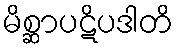
မိစ္ဆာပဋိပဒါတိ